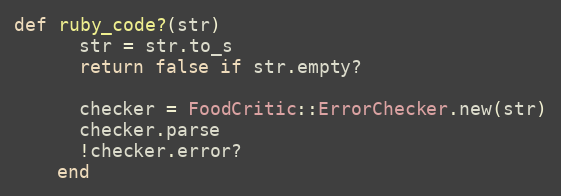
Language: Ruby
def ruby_code?(str)
      str = str.to_s
      return false if str.empty?

      checker = FoodCritic::ErrorChecker.new(str)
      checker.parse
      !checker.error?
    end